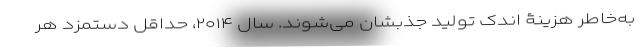
به‌خاطر هزینۀ اندک تولید جذبشان می‌شوند. سال ۲۰۱۴، حداقل دستمزد هر